Report of the Imperial Institute of Veterinary Research, Muktesar
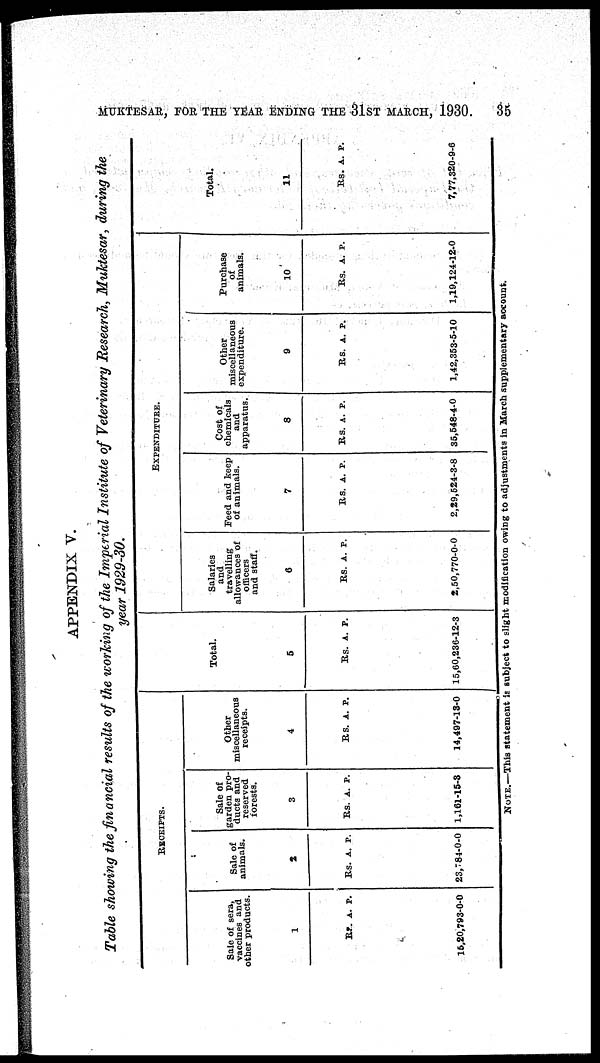
MUKTESAR, FOR THE YEAR ENDING THE 31ST MARCH, 1930. 35
APPENDIX V.
Table showing the financial results of the working of the Imperial Institute of Veterinary Research, Muktesar, during the
year 1929-30.
Sale of sera,
vaccines and
other products.
1
Rs. A. P.
15,20,793-0-0
RECEIPTS.
Sale of
animals.
2
Rs. A. P.
23,784-0-0
Sale of
garden pro-
ducts and
reserved
forests.
3
Rs. A. P.
1,161-15-8
Other
miscellaneous
receipts.
4
Rs. A. P.
14,497-13-0
Total.
5
Rs. A. P.
15,60,236-12-3
Salaries
and
travelling
allowances of
officers
and staff.
6
Rs. A. P.
2,50,770-0-0
EXPENDITURE.
Feed and keep
of animals.
7
Rs. A. P.
2,29,524-3-8
Cost of
chemicals
and
apparatus.
8
Rs. A. P.
35,548-4-0
Other
miscellaneous
expenditure.
9
Rs. A. P.
1,42,353-5-10
Purchase
of
animals.
10
Rs. A. P.
1,19,124-12-0
Total.
11
Rs. A. P.
7,77,320-9-6
NOTE.—This statement is subject to slight modification owing to adjustments in March supplementary account.